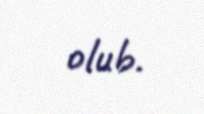
olub.